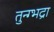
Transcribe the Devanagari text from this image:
तुन्ग्भद्रा